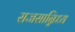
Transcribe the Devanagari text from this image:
राजसान्निध्य